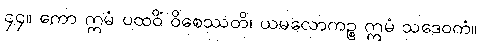
၄၄။ ကော ဣမံ ပထဝိံ ဝိစေဿတိ၊ ယမလောကဉ္စ ဣမံ သဒေဝကံ။